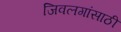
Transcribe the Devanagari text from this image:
जिवलगांसाठी